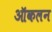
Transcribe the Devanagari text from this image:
ऑकलन